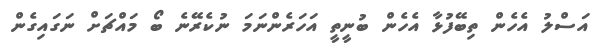
އަސްލު އެހެން ތިބޭފުޅާ އެހެން ބުނީތީ އަހަރެންނަމަ ނުކެރޭނެ ބޯ މައްޗަށް ނަގައިގެން